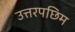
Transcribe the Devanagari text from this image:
उत्तरपछिम